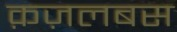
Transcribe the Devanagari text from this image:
क़ज़लबस